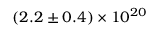
( 2 . 2 \pm 0 . 4 ) \times 1 0 ^ { 2 0 }